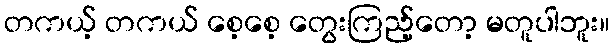
တကယ့် တကယ် စေ့စေ့ တွေးကြည့်တော့ မတူပါဘူး။